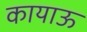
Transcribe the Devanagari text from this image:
कायाऊ